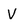
Character: V